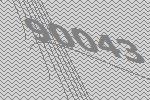
90043